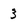
Character: 3